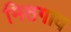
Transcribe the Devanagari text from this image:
मिठगाव